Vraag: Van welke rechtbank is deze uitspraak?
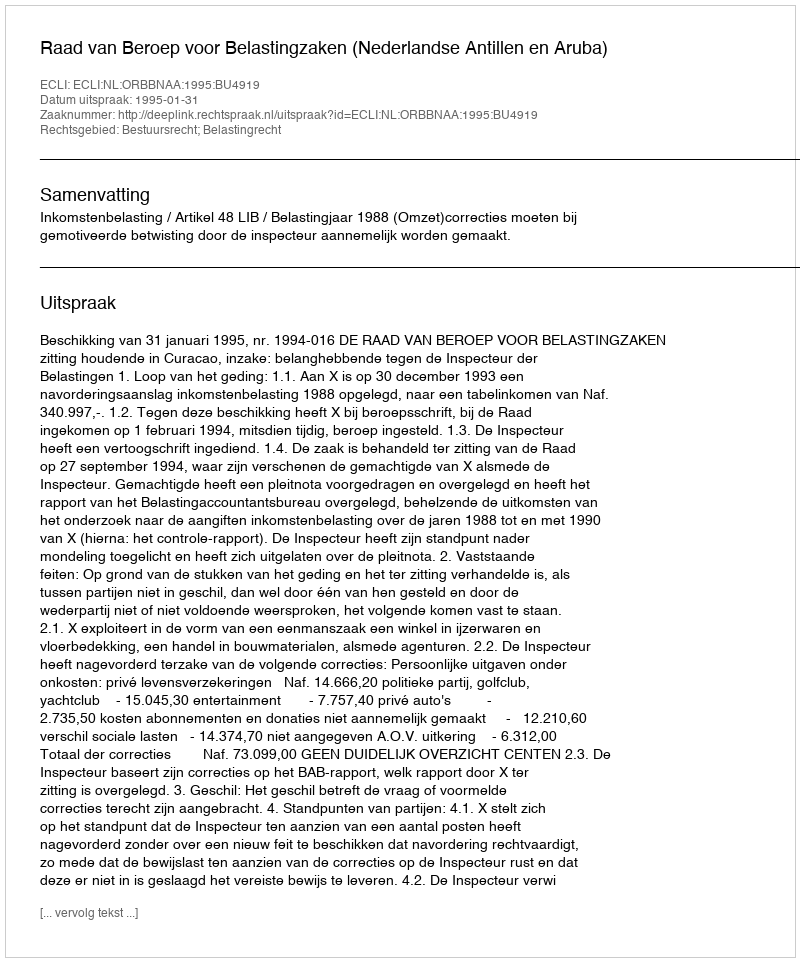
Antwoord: Raad van Beroep voor Belastingzaken (Nederlandse Antillen en Aruba)